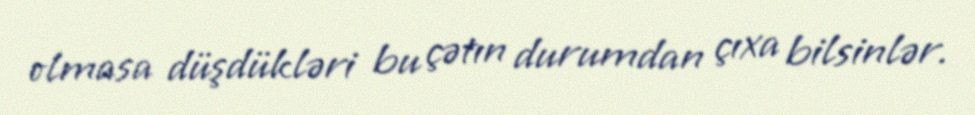
olmasa düşdükləri bu çətın durumdan çıxa bilsinlər.